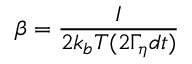
\beta = \frac { I } { 2 k _ { b } T ( 2 \Gamma _ { \eta } d t ) }